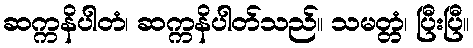
ဆက္ကနိပါတံ၊ ဆက္ကနိပါတ်သည်။ သမတ္တံ၊ ပြီးပြီ။